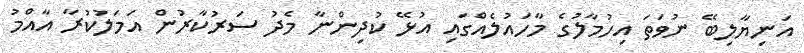
އަނިޔާލިބޭ ނުވަތަ އިހުމާލުގެ މާހައުލެއްގައި އުޅޭ ކުދިންނާ މެދު ސަރުކާރުން އަމަލުކުރާ އާއްމު